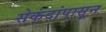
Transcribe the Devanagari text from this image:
सेकंदांपासून